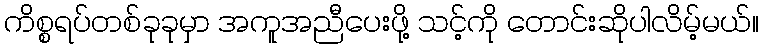
ကိစ္စရပ်တစ်ခုခုမှာ အကူအညီပေးဖို့ သင့်ကို တောင်းဆိုပါလိမ့်မယ်။